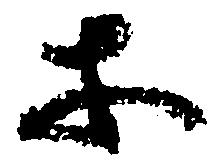
等